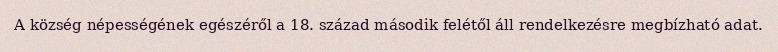
A község népességének egészéről a 18. század második felétől áll rendelkezésre megbízható adat.